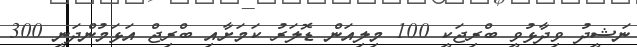
ނަޝީދު ވިދާޅުވީ ބްރިޖަކީ 100 މިލިއަން ޑޮލަރު ކަމަށާއި ބްރިޖް އަޅަމުންދަނީ 300